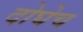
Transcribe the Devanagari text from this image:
दोघेच